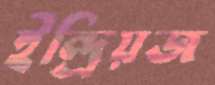
ইন্দ্রিয়জ